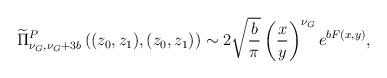
LaTeX: \begin{align*}\begin{multlined}[t][12.5cm]\widetilde{\Pi}^{P}_{\nu_{G},\nu_{G}+3b}\left((z_{0},z_{1}),(z_{0},z_{1})\right)\sim 2\sqrt{\frac{b}{\pi}}\left(\frac{x}{y}\right)^{\nu_{G}}e^{bF(x,y)},\end{multlined}\end{align*}